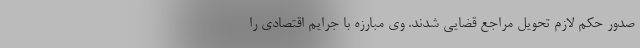
صدور حکم لازم تحویل مراجع قضایی شدند. وی مبارزه با جرایم اقتصادی را